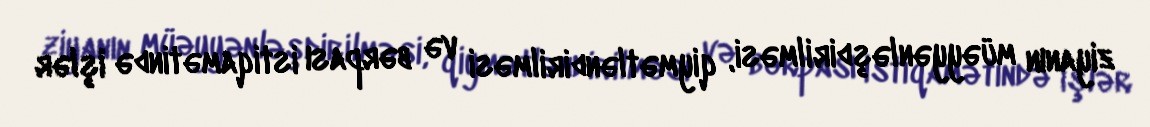
ziyanın müəyyənləşdirilməsi, qiymətləndirilməsi və bərpası istiqamətində işlər